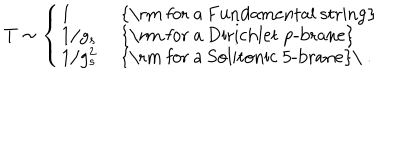
T \sim \left\{ \left\{ \begin{cases} { { 1 } } & { { \mathrm { f o r a F u n d a m e n t a l s t r i n g } } } \\ { { 1 / g _ { s } } } & { { \mathrm { f o r a D i r i c h l e t p - b r a n e } } } \\ { { 1 / g _ { s } ^ { 2 } } } & { { \mathrm { f o r a S o l i t o n i c 5 - b r a n e } \ . } } \\ \end{cases} \right. \right.